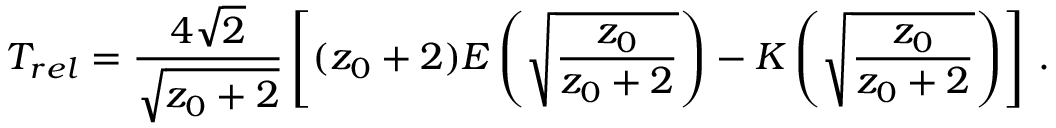
T _ { r e l } = { \frac { 4 \sqrt { 2 } } { \sqrt { z _ { 0 } + 2 } } } \left[ ( z _ { 0 } + 2 ) E \left( \sqrt { \frac { z _ { 0 } } { z _ { 0 } + 2 } } \right) - K \left( \sqrt { \frac { z _ { 0 } } { z _ { 0 } + 2 } } \right) \right] \, .